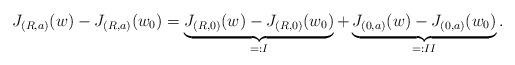
LaTeX: \begin{align*}J_{(R,a)}(w) - J_{(R,a)}(w_0 ) = \underbrace{ J_{(R,0)}(w) - J_{(R,0)}(w_0) }_{=: I}+ \underbrace{J_{(0,a)}(w) - J_{(0,a)}(w_0) }_{=: II}.\end{align*}